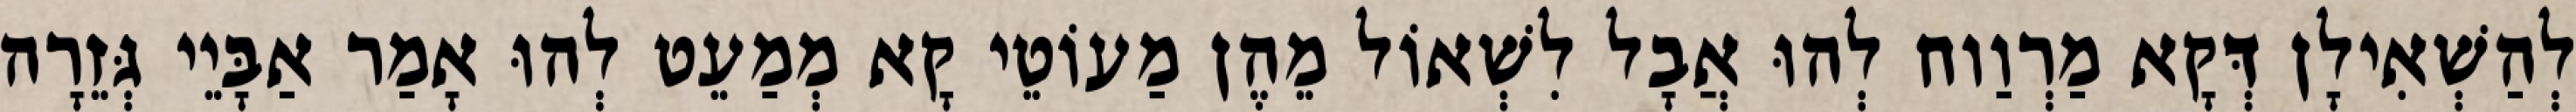
לְהַשְׁאִילָן דְּקָא מַרְוַוח לְהוּ אֲבָל לִשְׁאוֹל מֵהֶן מַעוֹטֵי קָא מְמַעֵט לְהוּ אָמַר אַבָּיֵי גְּזֵרָה